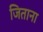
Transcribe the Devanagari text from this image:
जिताना